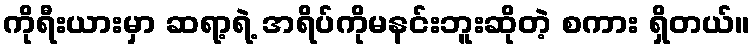
ကိုရီးယားမှာ ဆရာ့ရဲ့ အရိပ်ကိုမနင်းဘူးဆိုတဲ့ စကား ရှိတယ်။